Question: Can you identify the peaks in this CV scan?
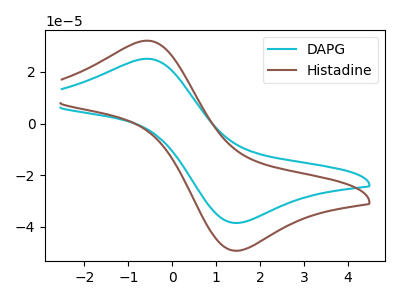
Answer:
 <answer>The cyan curve "DAPG" has an anodic peak at (-0.60V, 25.10uA) and a cathodic peak at (1.50V, -38.55uA). The brown curve "Histadine" has an anodic peak at (-0.60V, 32.15uA) and a cathodic peak at (1.50V, -49.30uA).</answer>
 <eval></eval>